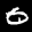
Label: 0